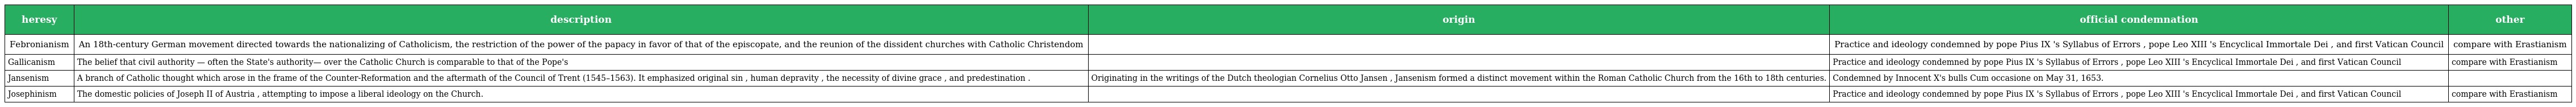
| heresy | description | origin | official condemnation | other |
 | --- | --- | --- | --- | --- |
 | Febronianism | An 18th-century German movement directed towards the nationalizing of Catholicism, the restriction of the power of the papacy in favor of that of the episcopate, and the reunion of the dissident churches with Catholic Christendom |  | Practice and ideology condemned by pope Pius IX 's Syllabus of Errors , pope Leo XIII 's Encyclical Immortale Dei , and first Vatican Council | compare with Erastianism |
 | Gallicanism | The belief that civil authority — often the State's authority— over the Catholic Church is comparable to that of the Pope's |  | Practice and ideology condemned by pope Pius IX 's Syllabus of Errors , pope Leo XIII 's Encyclical Immortale Dei , and first Vatican Council | compare with Erastianism |
 | Jansenism | A branch of Catholic thought which arose in the frame of the Counter-Reformation and the aftermath of the Council of Trent (1545–1563). It emphasized original sin , human depravity , the necessity of divine grace , and predestination . | Originating in the writings of the Dutch theologian Cornelius Otto Jansen , Jansenism formed a distinct movement within the Roman Catholic Church from the 16th to 18th centuries. | Condemned by Innocent X's bulls Cum occasione on May 31, 1653. |  |
 | Josephinism | The domestic policies of Joseph II of Austria , attempting to impose a liberal ideology on the Church. |  | Practice and ideology condemned by pope Pius IX 's Syllabus of Errors , pope Leo XIII 's Encyclical Immortale Dei , and first Vatican Council | compare with Erastianism |